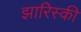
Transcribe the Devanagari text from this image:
झारिस्की